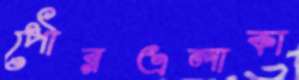
পৌরএলাকা